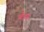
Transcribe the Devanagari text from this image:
थे।इन